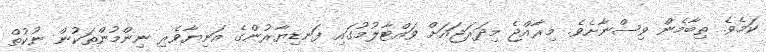
ކަމެވެ. ތިބާމެން ވިސްނާށެވެ. މިރާއްޖެ މިދަރަޖައަށް ވައްޓާލުމުގައި ފަނޑިޔާރުންގެ އަނިޔާވެރި ނިންމުންތަކުން ނުކުތް